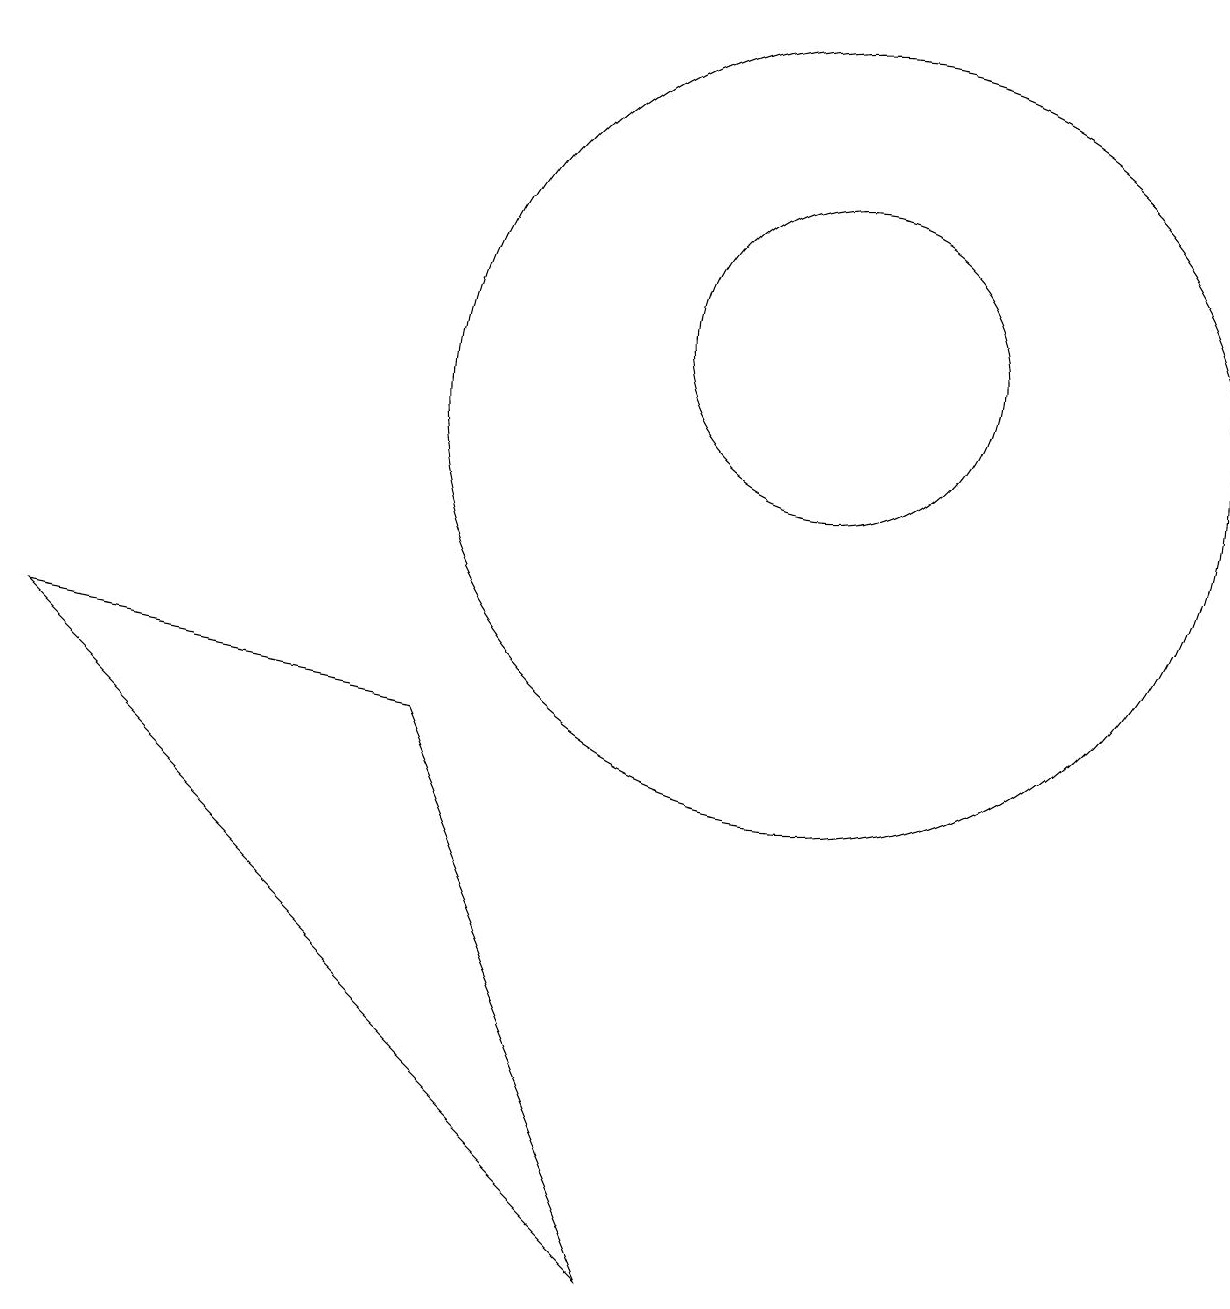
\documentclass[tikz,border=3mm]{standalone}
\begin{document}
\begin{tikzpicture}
\draw (10,12) circle (2);
\draw (10,11) circle (5);
\draw (8,0) -- (0,8) -- (5,7) -- cycle;
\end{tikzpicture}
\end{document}